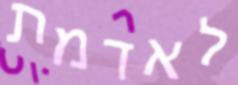
לאדמת